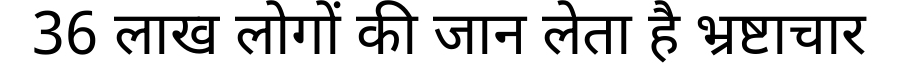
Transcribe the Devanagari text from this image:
36 लाख लोगों की जान लेता है भ्रष्टाचार